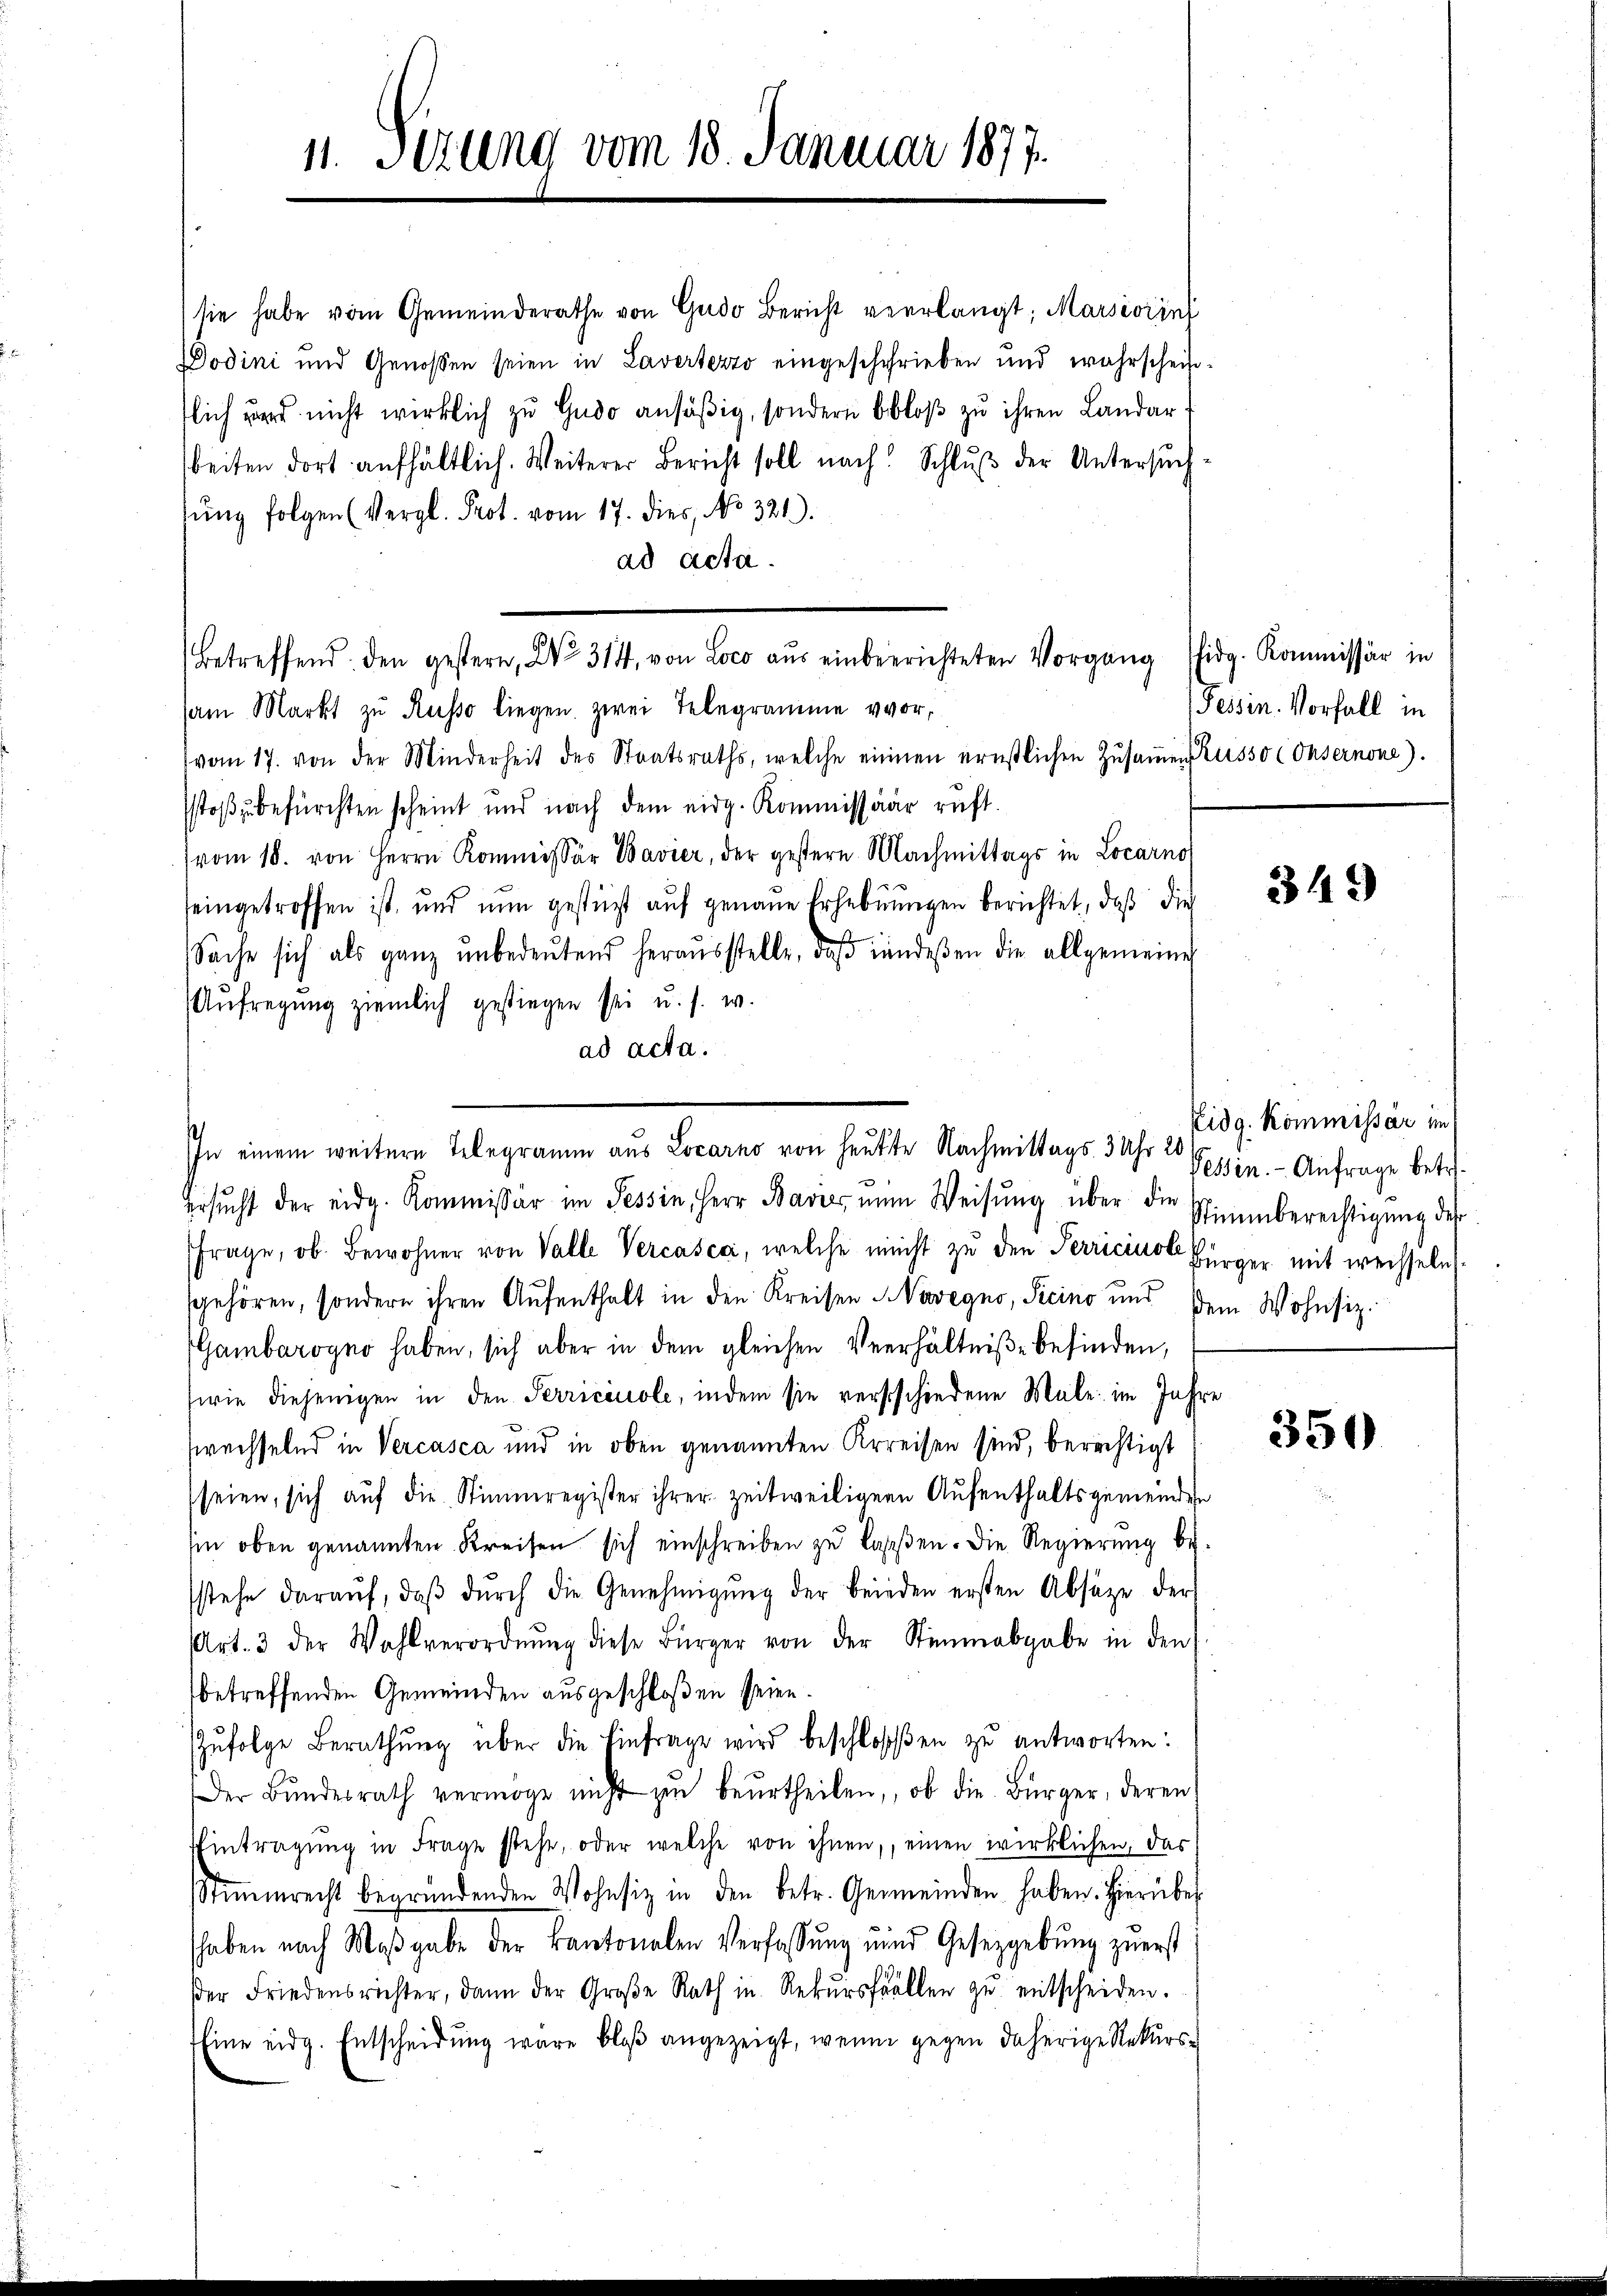
11. Sizung vom 18. Januar 1877.

Betreffend den gestern, No. 314, von Loco aŭs einbeerichteten Vorgang Eidg. Kommissär in

sie habe vom Gemeinderathe von Gudo Bericht verlangt; Marsiviini
Dodini und Genossen seien in Lavertezzo eingeschchrieben und wahrscheinflich und nicht wirklich zu Gudo ansäßig, sondern bloß zu ihren Landarbeiten dort aufhältlich. Weiterer Bericht soll nach Schlŭβ der Untersŭch
tŭng folgen (Vergl. Prot. vom 17. dies, No 321).
ad acta.
am Markt zu Russo liegen zwei Telegramme vor,
vom 17. von der Minderheit des Staatsraths, welche einnen ernstlichen Zusammen Russo Consernone).
stoß zu befürchten scheint und nach dem eidg. Kommissäär ruft.
(vom 18. von Herrn Kommissär Bavier, der gestern Nachmittags in Locarno
eingetroffen ist, und nun gestüzt auf genaue Erhebnungen berichtet, daß die
Sache sich als ganz ŭnbedeŭtend heraŭsstelle, daβ indeßen die allgemeine
Aufregung ziemlich gestiegen sei u. s. w.
ad acta.
In einem weitere Telegramm aus Locarno von heute Nachmittags 3 Uhr 20
ersŭcht der eidg. Kommissär im Tessin, Herr Bader nun Weisŭng über die
frage, ob Bewohner von Valle Vercasca, welche nicht zŭ den Perriciuol Bürger mit wechseln
gehören, sondern ihren Aŭfenthalt in den Kreisen Novegno, Sicino und dem Wohnsiz.
(Gambarogno haben, sich aber in dem gleichen Verhältniße befinden,
swie diejenigen in den Perriciuole, indem sie verstschiedene Male im Jahr
prechselnd in Vercasca und in oben genannten Kreisen sind, berechtigt
seien, sich auf die Stimmregister ihrer zeitweiligern Aufenthaltsgemeinden
hin oben genannten Kreisen sich einschreiben zŭ lassen. Die Regierung beystehe daraŭf, daβ dŭrch die Genehmigŭng der beiden ersten Absätze der
Art. 3 der Wahlverordnŭng diese Bürger von der Stimmabgabe in den
betreffenden Gemeinden ausgeschloßen seien.
Zufolge Berathung über die Einfrage wird beschlossen zu antworten:
Der Bŭndesrath vermöge nicht zŭ beŭrtheilen, ob die Bürger, deren
Eintragung in Frage stehe, oder welche von ihnen, einen wirklichen, das
Stimmrecht begründenden Wohnsiz in den betr. Gemeinden haben. Hierüber
haben nach Maβgabe der kantonalen Verfassŭng und Gesetzgebung zuerst
der Friedensrichter, dann der Große Rath in Rekŭrsfällen zŭ entscheiden.
Eine eidg. Entscheidung wäre bloß angezeigt, wenn gegen daherige Rekurs¬

Tessin. Vorfall in

.

349

Eidg. Kommissär im
Tessin. - Anfrage betr.
Stimmberechtigung des

350